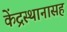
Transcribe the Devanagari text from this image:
केंद्रस्थानासह